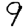
Digit: 9